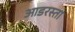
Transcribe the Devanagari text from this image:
आडरस्ता